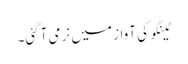
ٹینگو کی آواز میں نرمی آگئی۔